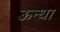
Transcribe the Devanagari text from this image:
ऊन्धा